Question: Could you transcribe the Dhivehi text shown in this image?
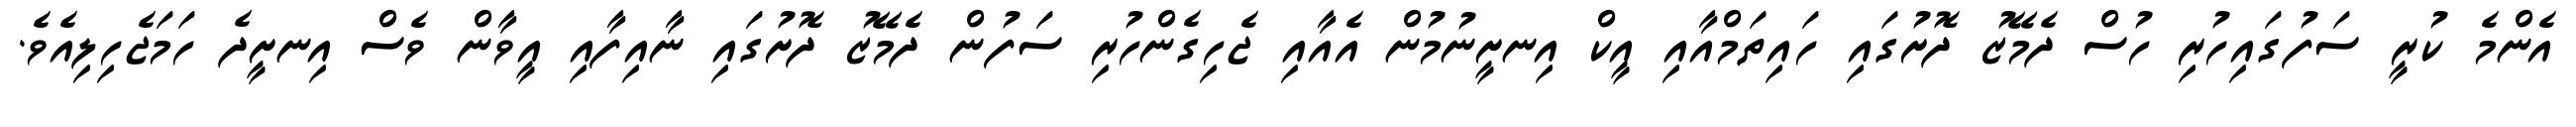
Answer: އެންމެ ކުރީ ސަފުގައިހުރި ހުސް ދެމޭޒު ދޮށުގައި ހައިތަމްއާއި އީކް އިނށީނުމުން އެއާއި ޖެހިގެންހުރި ސަފުން ދެމޭޒު ދޮށުގައި ނާއިފާއި އީވާން ވެސް އިނށީދެ ހަމަޖެހިލިއެވެ.